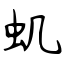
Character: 虮